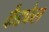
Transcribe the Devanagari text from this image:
कैडफेल